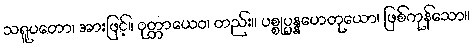
သရူပတော၊ အားဖြင့်။ ဝုတ္တာယေဝ၊ တည်း။ ပစ္စုပ္ပန္နဟေတုယော၊ ဖြစ်ကုန်သော။